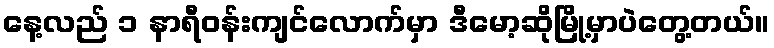
နေ့လည် ၁ နာရီဝန်းကျင်လောက်မှာ ဒီမော့ဆိုမြို့မှာပဲတွေ့တယ်။